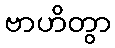
ဗာဟိတွာ